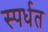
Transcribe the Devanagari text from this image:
स्पर्धत